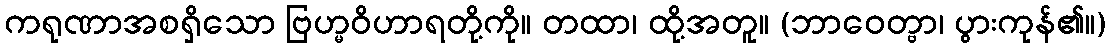
ကရုဏာအစရှိသော ဗြဟ္မဝိဟာရတို့ကို။ တထာ၊ ထို့အတူ။ (ဘာဝေတ္ဗာ၊ ပွားကုန်၏။)